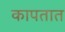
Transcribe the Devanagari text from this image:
कापतात